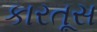
કારતૂસ